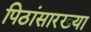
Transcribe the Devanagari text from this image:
पिठांसारख्या